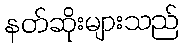
နတ်ဆိုးများသည်